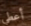
أعطي